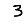
Digit: 3